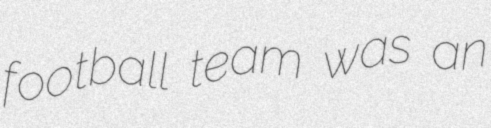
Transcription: football team was an